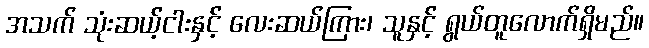
အသက် သုံးဆယ့်ငါးနှင့် လေးဆယ်ကြား၊ သူနှင့် ရွယ်တူလောက်ရှိမည်။